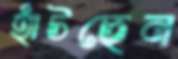
হাঁটছেন